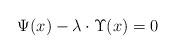
LaTeX: \begin{align*} \Psi(x)-\lambda \cdot \Upsilon(x)=0\end{align*}